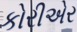
કોરીએર